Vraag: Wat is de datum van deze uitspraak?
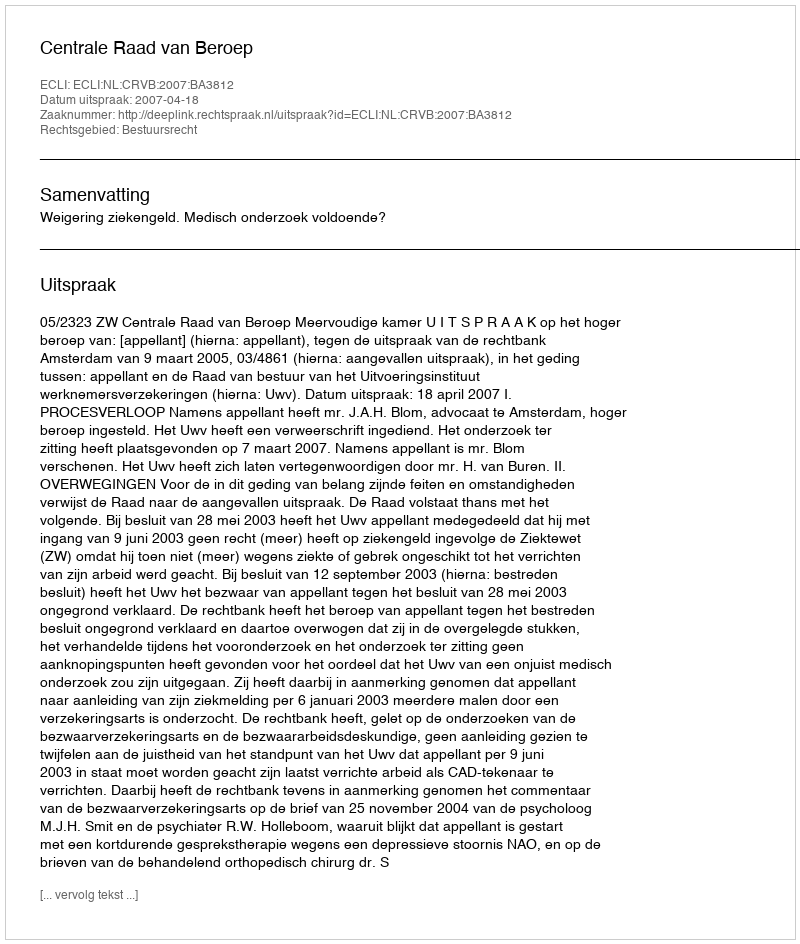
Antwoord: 2007-04-18